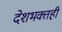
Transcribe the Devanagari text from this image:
देशभक्तही